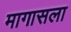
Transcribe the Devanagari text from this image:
मागासला